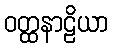
ဝတ္ထနာဠိယာ